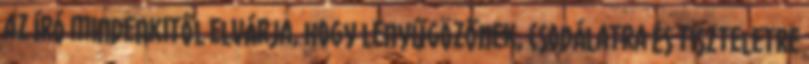
az író mindenkitől elvárja, hogy lenyűgözőnek, csodálatra és tiszteletre